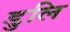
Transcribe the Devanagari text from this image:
डुलि